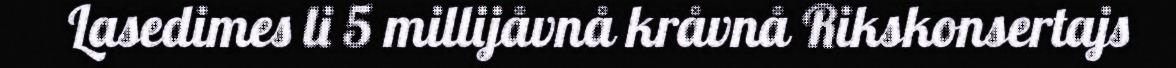
Lasedimes li 5 millijåvnå kråvnå Rikskonsertajs